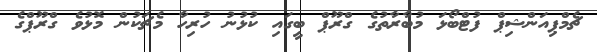
ޗެމްޕިއަންޝިޕް ފުޓްބޯޅަ މުބާރާތުގެ ގްރޫޕް ބީގައި ކުޅުނު ހުރިހާ މެޗަކުން މޮޅުވެ ގްރޫޕްގެ